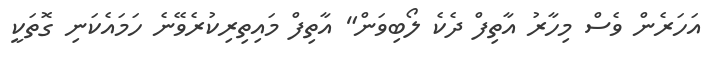
އަހަރެން ވެސް މިހާރު އާތިފް ދެކެ ލޯބިވަން" އާތިފް މައިތިރިކުރެވޭނެ ހަމައެކަނި ގޮތަކީ